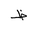
Letter: _za